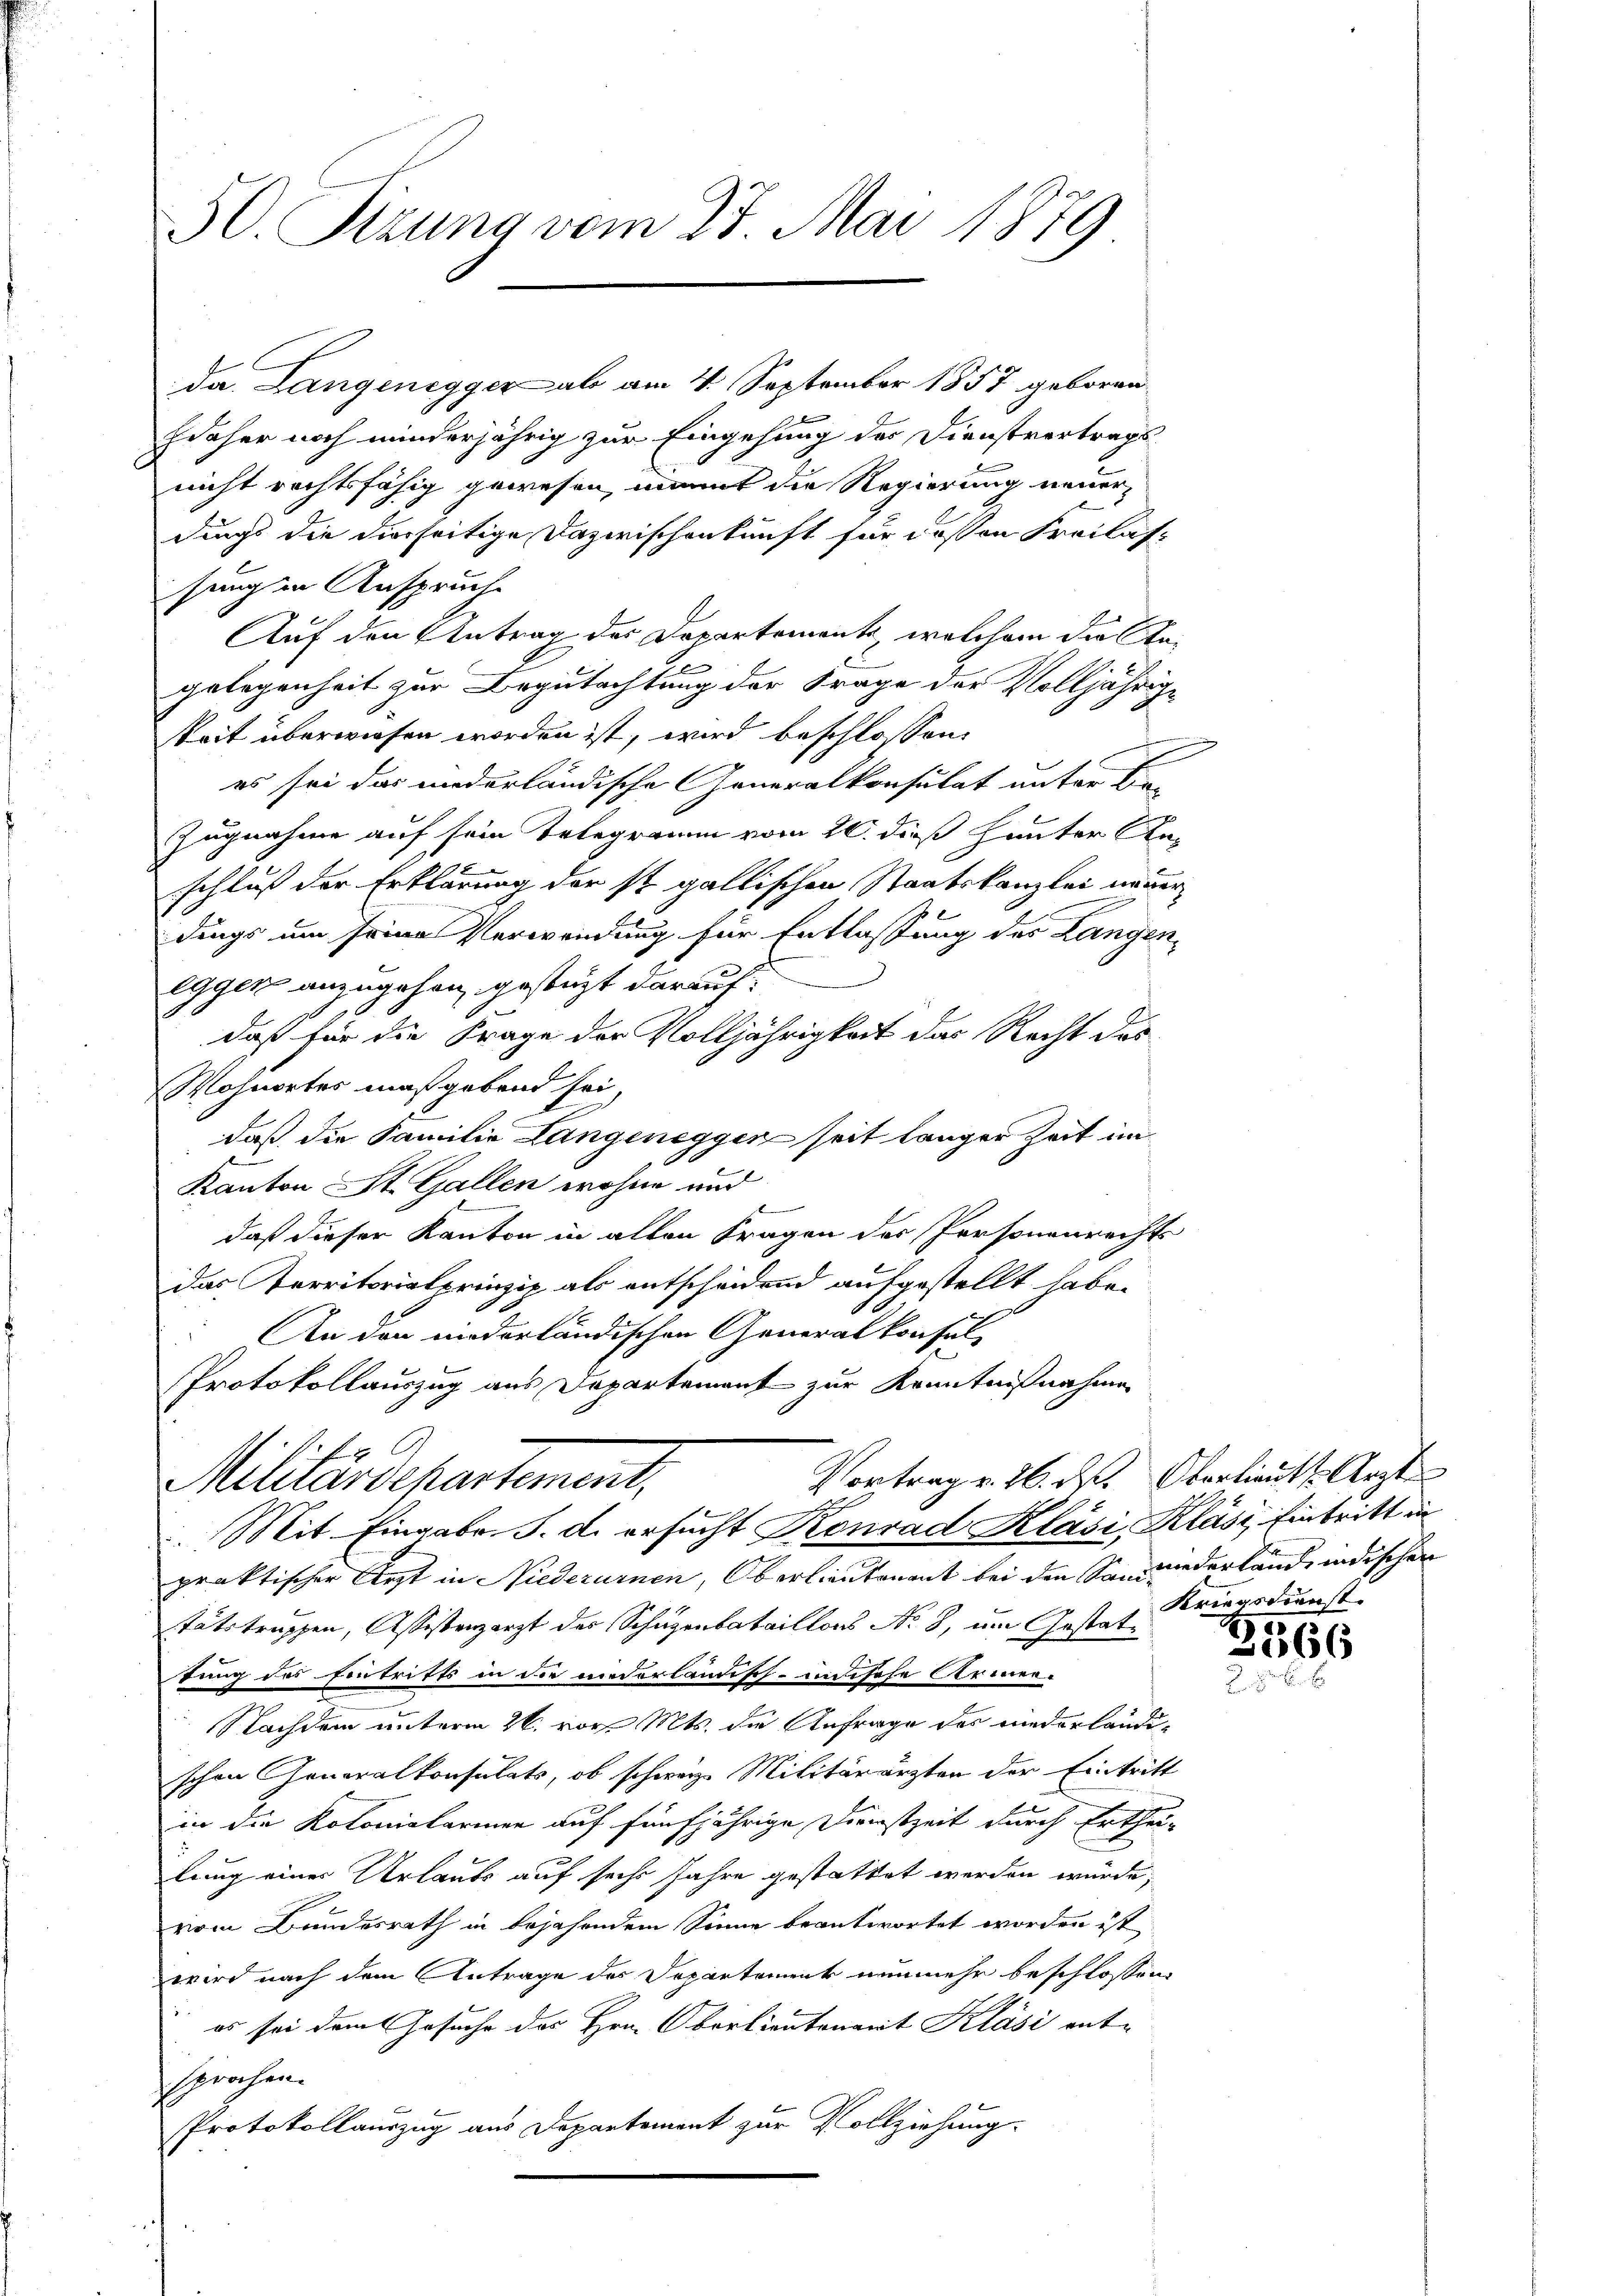
50. Sizung vom 28. Mai 1879

daher noch minderjährig zur Eingehung der Dienstvertrags-
nicht rechtsfähig gewesen, mannt die Regierung neuer
dings die dierseitige Dazwischenkunft für dessen Freilas-
sung in Anspruche
Auf den Antrag des Departemente, welchem die Anc
gelegenheit zur Begutachtung der Frage der Volljährige
keit überwiesen worden ist, wird beschlossen,
es sei das niederländische Generalkonsulat unter Be-
Zugnahme auf sein Telegramm vom 20. dieß hauter Anschluß der Erklärung der ist gallischen Staatskanzlei neuerdings um seine Verwendung für Entlassung des Langen,
eggen anzugehen, gestützt darauf:
daß für die Frage der Volljährigkeit das Recht das
Wohnortes maßgebend sei,
daß die Familie Langenegger seit länger Zeit im
Kanton St. Gallen wohne und
t
daß dieser Kanton in alten Fragen der Personenrechts
das Perritorialprinzip als entscheidend aufgestellt habe.
An den niederländischen Generalkonsul-
Protokollauszug aus Departement zur Kenntnißnahme
2 A
Vortrag v. 26. ds. Oberlieut. Arzte
Militärdepartement,
u
Mit Eingabe d. d. ersucht Konrad Kläsi, Kläsi, Eintritt in
praktischer Arzt in Niederurnen, Oberlieutenant bei den Sanwiederland, indischen
tätstruppen, Assistenzarzt des Schuzenbataillons No. 8, im Gestattung des Eintritts in die niderländisch-untsche Armen-
Nachdem unterm 26. vor. Mts. die Anfrage das niederländischen Generalkonsulats, ob schweiz. Militärärzten der Eintritt
in die Kolonialarien auf fünfjährige Dirnstzeit durch Ertheilung eines Urlaubs auf sechs Jahre gestattet werden würde,
vom Bundesrath in bejahendem Sinne beantwortet worden ist
wird nach dem Antrage des Departement nunmehr beschlossen,
es sei dem Gesuche des Hrn. Obortientenant Kläsi ent-
sprochen.
Protokollauszug aus Departement zur Vollziehung.

da. Langenegger ab am 4. September 1857 geboren

Kriegsdienst

3566